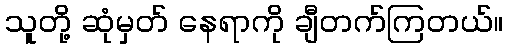
သူတို့ ဆုံမှတ် နေရာကို ချီတက်ကြတယ်။